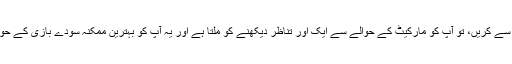
جب آپ اپنا تقابل پیشہ ور پارٹی سے کریں، تو آپ کو مارکیٹ کے حوالے سے ایک اور تناظر دیکھنے کو ملتا ہے اور یہ آپ کو بہترین ممکنہ سودے بازی کے حوالے سے معاونت فراہم کرتا ہے۔